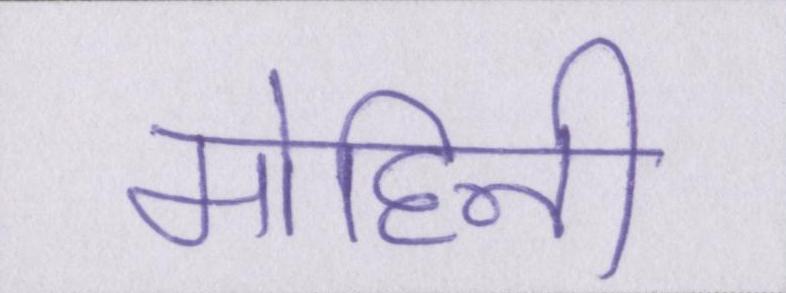
मोहिनी